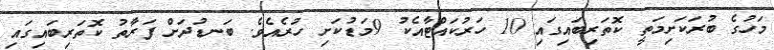
މަހުގެ ބުރަކަށިމަތީ ކޮތަރިބައިގައި 10 ހަރުކައްޓާއެކު 9މަޑުކަށި ހުރެއެވެ. ބަނޑުދަށް ފަރާތު ކޮތަރިބައިގައި